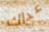
عداك